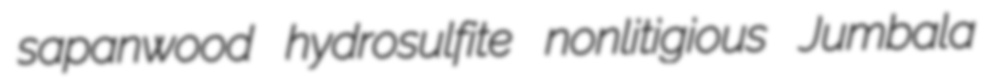
sapanwood hydrosulfite nonlitigious Jumbala